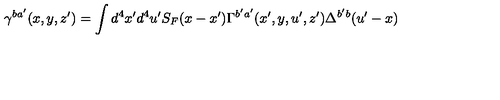
\gamma ^ { b a ^ { \prime } } ( x , y , z ^ { \prime } ) = \int d ^ { 4 } x ^ { \prime } d ^ { 4 } u ^ { \prime } S _ { F } ( x - x ^ { \prime } ) \Gamma ^ { b ^ { \prime } a ^ { \prime } } ( x ^ { \prime } , y , u ^ { \prime } , z ^ { \prime } ) \Delta ^ { b ^ { \prime } b } ( u ^ { \prime } - x )